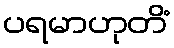
ပရမာဟုတိံ